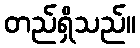
တည်ရှိသည်။